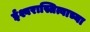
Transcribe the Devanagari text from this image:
ईश्वरास्तित्वाच्या